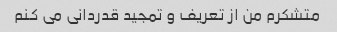
متشکرم من از تعریف و تمجید قدردانی می کنم